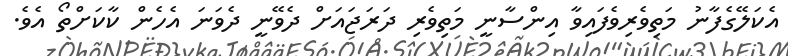
އެކަލޭގެފާނު މަތިވެރިވެފައިވާ އިންސާނީ މަތިވެރި ދަރަޖައަށް ދެވޭނީ ދެވަނަ އެހެން ކާކަށްތޯ އެވެ.